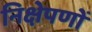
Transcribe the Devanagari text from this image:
निक्षेपणों